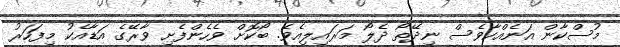
މުސްކާން އަނެއްކާވެސް ނިދޭތޯ ދެލޯ މަރައިލިއެވެ. ބޯކޮށް ވެހެންފެށި ވާރޭގެ އަޑާއެކު މިފަހަރު